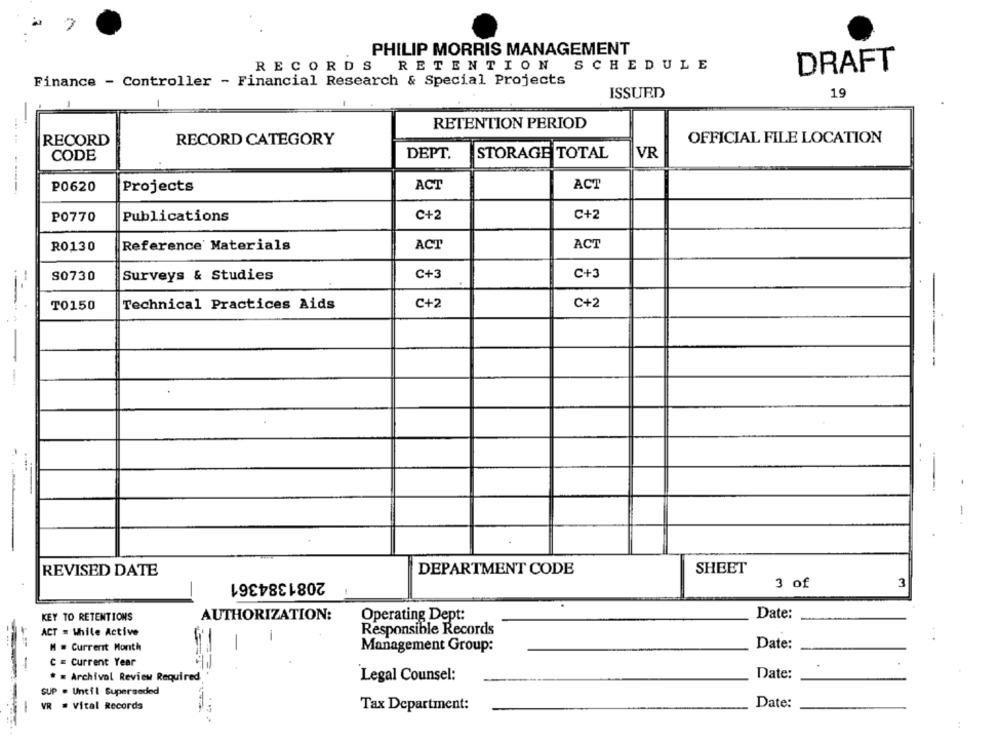
PHILIP MORRIS MANAGEMENT
RECORDS
RETENTION
SCHEDULE
DRAFT
Finance - Controller - Financial Research & Special Projects
ISSURD
19
-
RETENTION PERIOD
RECORD
RECORD CATEGORY
OFFICIAL FILE LOCATION
CODE
DEPT.
STORAGE TOTAL
VR
ACT
ACT
P0620
Projects
C+2
C+2
P0770
Publications
ACT
R0130
Reference' Materials
ACT
C+3
C+3
S0730
Surveys & Studies
-
C+2
C+2
TO150
Technical Practices Aids
REVISED DATE
DEPARTMENT CODE
SHEET
2081384361
3 of
3
Operating Dept:
Date:
KEY TO RETENTIONS
AUTHORIZATION:
ACT = While Active
Responsible Records
-
M = Current Month
Date:
Management Group:
C = Current Year
---
Date:
* = Archivol Review Required
Legal Counsel:
SUP . Until Superseded
-
VR = Vital Records
Date:
-
Tax Department: